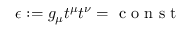
\epsilon : = g _ { \mu } t ^ { \mu } t ^ { \nu } = \mathrm { ~ c ~ o ~ n ~ s ~ t ~ }